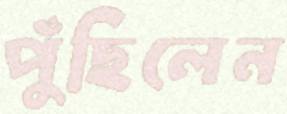
পুঁছিলেন